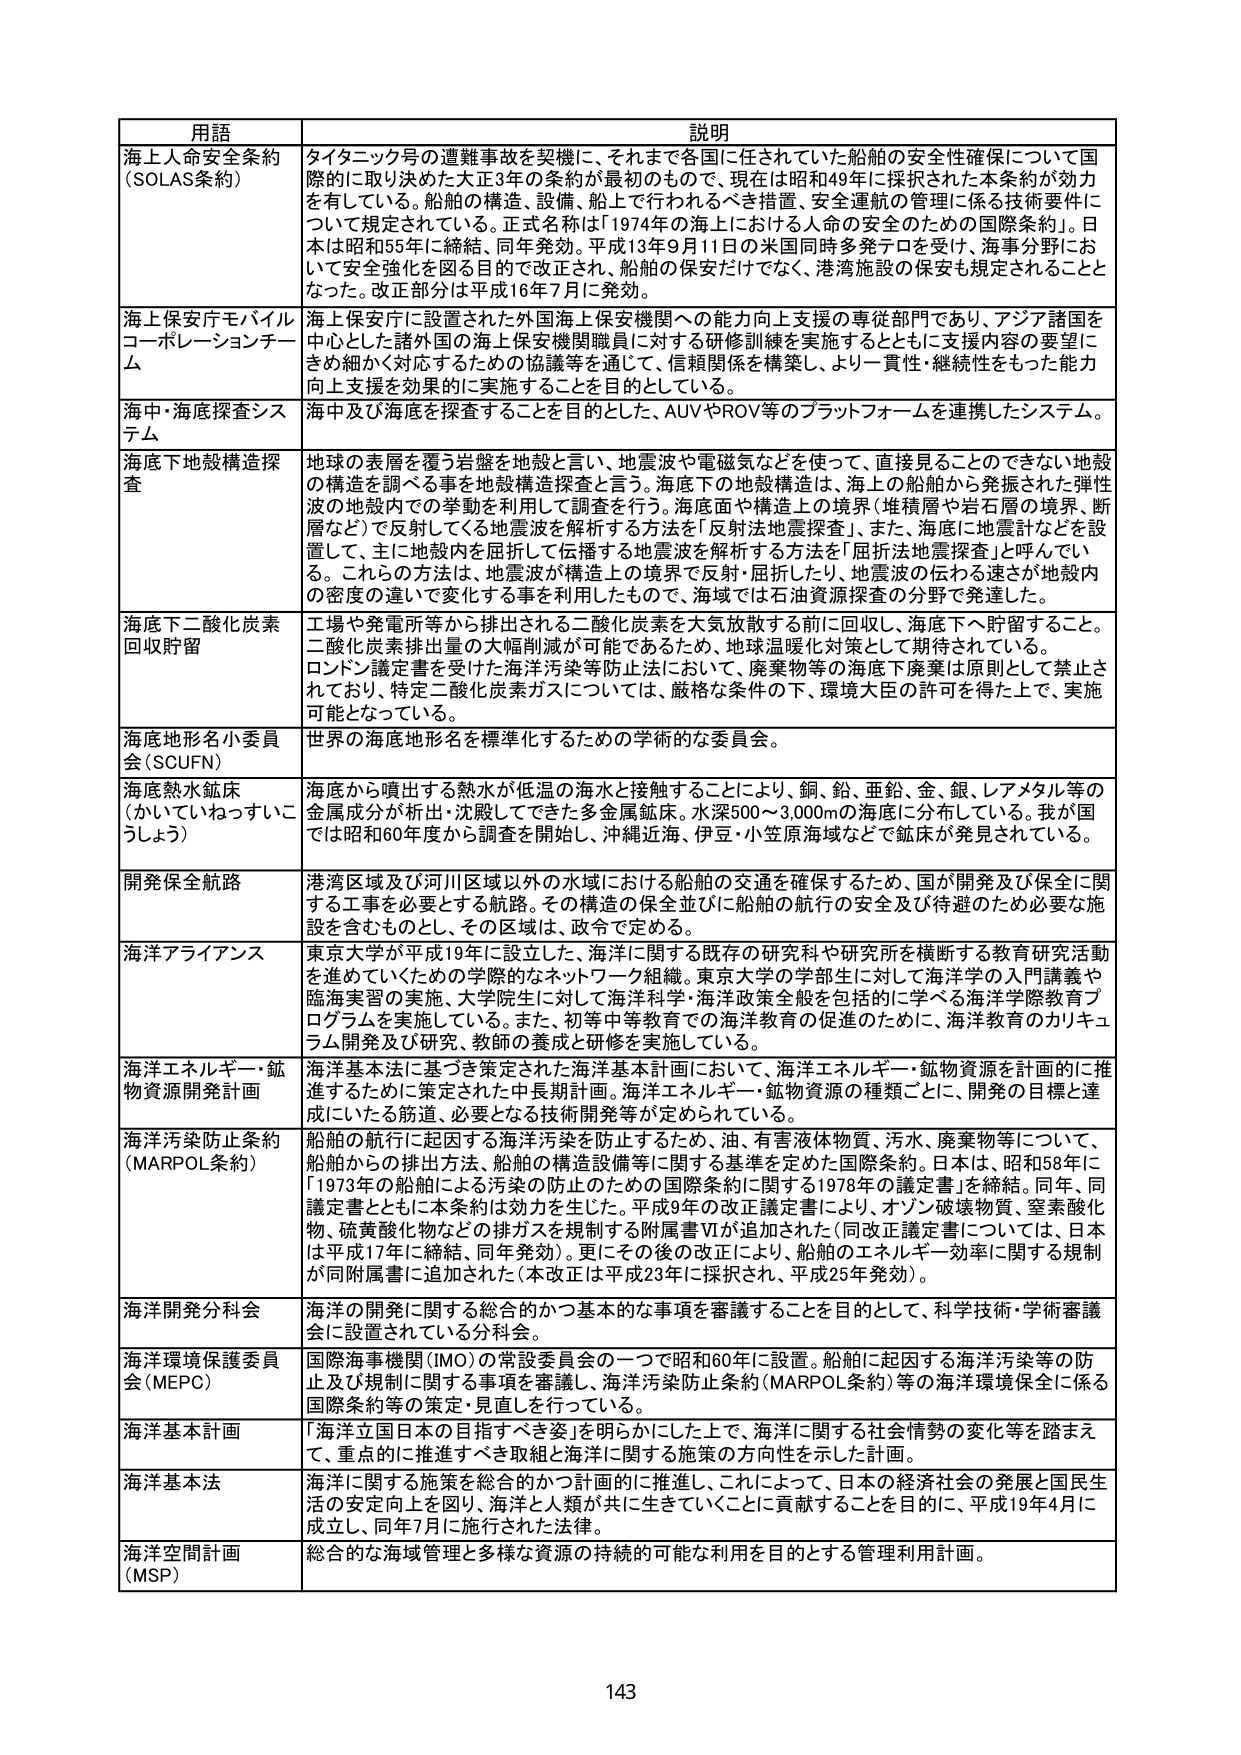
用語 説明
海上人命安全条約（SOLAS条約） タイタニック号の遭難事故を契機に、それまで各国に任されていた船舶の安全性確保について国際的に取り決めた大正3年の条約が最初のもので、現在は昭和49年に採択された本条約が効力を有している。船舶の構造、設備、船上で行われるべき措置、安全運航の管理に係る技術要件については規定されている。正式名称は「1974年の海上における人命の安全のための国際条約」。日本は昭和55年に締結、同年発効。平成13年9月11日の米国同時多発テロを受け、海事分野において安全強化を図る目的で改正され、船舶の保安だけでなく、港湾施設の保安も規定されることとなった。改正部分は平成16年7月に発効。
海上保安庁モバイルコーポレーションチーム 海上保安庁に設置された外国海上保安機関への能力向上支援の専従部門であり、アジア諸国を中心とした諸外国の海上保安機関職員に対する研修訓練を実施するとともに支援内容の要望をきめ細かく対応するための協議等を通じて、信頼関係を構築し、より一貫性・継続性をもった能力向上支援を効果的に実施することを目的としている。
海中・海底探査システム 海中及び海底を探査することを目的とした、AUVやROV等のプラットフォームを連携したシステム。
海底下地殻構造探査 地球の表層を覆う岩盤を地殻と言い、地震波や電磁気などを使って、直接見ることのできない地殻の構造を調べる事を地殻構造探査と言う。海底下の地殻構造は、海上の船舶から発振された弾性波の地殻内での挙動を利用して調査を行う。海底面や構造上の境界（堆積層や岩石層の境界、断層など）で反射してくる地震波を解析する方法を「反射法地震探査」、また、海底に地震計などを設置して、主に地殻内で屈折して伝播する地震波を解析する方法を「屈折法地震探査」と呼んでいる。これらの方法は、地震波が構造上の境界で反射・屈折したり、地震波の伝わる速さが地殻内の密度の違いで変化する事を利用したもので、海域では石油資源探査の分野で発達した。
海底下二酸化炭素回収貯留 工場や発電所等から排出される二酸化炭素を大気放散する前に回収し、海底下へ貯留すること。二酸化炭素排出量の大幅削減が可能であるため、地球温暖化対策として期待されている。ロンドン議定書を受けた海洋汚染等防止法において、廃棄物等の海底下廃棄は原則として禁止されており、特定二酸化炭素ガスについては、厳格な条件の下、環境大臣の許可を得た上で、実施可能となっている。
海底地形名小委員会（SCUFN） 世界の海底地形名を標準化するための学術的な委員会。
海底熱水鉱床（かいていねっすいこうしょう） 海底から噴出する熱水が低温の海水と接触することにより、銅、鉛、亜鉛、金、銀、レアメタル等の金属成分が析出・沈殿してできた多金属鉱床。水深500～3,000mの海底に分布している。我が国では昭和60年度から調査を開始し、沖縄近海、伊豆・小笠原海域などで鉱床が発見されている。
開発保全航路 港湾区域及び河川区域以外の水域における船舶の交通を確保するため、国が開発及び保全に関する工事を必要とする航路。その構造の保全並びに船舶の航行の安全及び待避のため必要な施設を含むものとし、その区画は、政令で定める。
海洋アライアンス 東京大学が平成19年に設立した、海洋に関する既存の研究科や研究所を横断する教育研究活動を進めていくための学際的なネットワーク組織。東京大学の学部生に対して海洋学の入門講義や臨海実習の実施、大学院生に対して海洋科学・海洋政策全般を包括的に学べる海洋学際教育プログラムを実施している。また、初等中等教育での海洋教育の促進のために、海洋教育のカリキュラム開発及び研究、教師の養成と研修を実施している。
海洋エネルギー・鉱物資源開発計画 海洋基本法に基づき策定された海洋基本計画において、海洋エネルギー・鉱物資源を計画的に推進するために策定された中長期計画。海洋エネルギー・鉱物資源の種類ごとに、開発の目標と達成にいたる筋道、必要となる技術開発等が定められている。
海洋汚染防止条約（MARPOL条約） 船舶の航行に起因する海洋汚染を防止するため、油、有害液体物質、汚水、廃棄物等について、船舶からの排出方法、船舶の構造設備等に関する基準を定めた国際条約。日本は、昭和58年に「1973年の船舶による汚染の防止のための国際条約に関する1978年の議定書」を締結。同年、同議定書とともに本条約は効力を生じた。平成9年の改正議定書により、オゾン破壊物質、窒素酸化物、硫黄酸化物などの排ガスを規制する附属書VIが追加された（同改正議定書については、日本は平成17年に締結、同年発効）。更にその後の改正により、船舶のエネルギー効率に関する規制が同附属書に追加された（本改正は平成23年に採択され、平成25年発効）。
海洋開発分科会 海洋の開発に関する総合的かつ基本的な事項を審議することを目的として、科学技術・学術審議会に設置されている分科会。
海洋環境保護委員会（MEPC） 国際海事機関（IMO）の常設委員会の一つで昭和60年に設置。船舶に起因する海洋汚染等の防止及び規制に関する事項を審議し、海洋汚染防止条約（MARPOL条約）等の海洋環境保全に係る国際条約等の策定・見直しを行っている。
海洋基本計画 「海洋立国日本の目指すべき姿」を明らかにした上で、海洋に関する社会情勢の変化等を踏まえて、重点的に推進すべき取組と海洋に関する施策の方向性を示した計画。
海洋基本法 海洋に関する施策を総合的かつ計画的に推進し、これによって、日本の経済社会の発展と国民生活の安定向上を図り、海洋と人類が共に生きていくことに貢献することを目的に、平成19年4月に成立し、同年7月に施行された法律。
海洋空間計画（MSP） 総合的な海域管理と多様な資源の持続的可能な利用を目的とする管理利用計画。
143